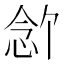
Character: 𪫶